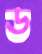
ড